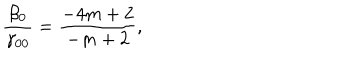
LaTeX: { \frac { \beta _ { 0 } } { \gamma _ { 0 0 } } } = { \frac { - 4 m + 2 } { - m + 2 } } ,